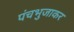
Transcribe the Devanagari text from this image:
पंचभुजाकर